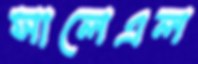
সালেএল